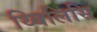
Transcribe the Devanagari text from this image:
थ्बिलिसि